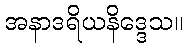
အနာဒရိယနိဒ္ဒေသ။